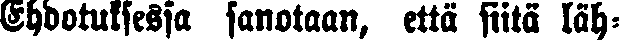
Ehdotuksessa sanotaan, että siitä läh-